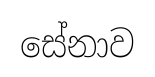
සේනාව